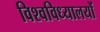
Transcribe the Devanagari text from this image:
विश्वविध्यालयों